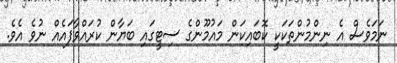
ނަމަވެސް އެ ނިންމުންތަކަކީ ކޮބައިކަން މައުމޫންގެ ސިޓީގައި ބަޔާން ކުރައްވާފައެއް ނުވެ އެވެ.